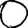
Digit: 0